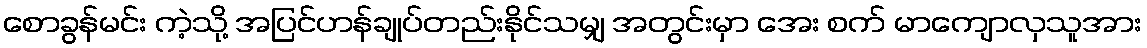
စောခွန်မင်း ကဲ့သို့ အပြင်ဟန်ချုပ်တည်းနိုင်သမျှ အတွင်းမှာ အေး စက် မာကျောလှသူအား